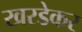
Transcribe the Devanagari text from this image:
खरडेकर